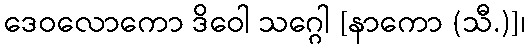
ဒေဝလောကော ဒိဝေါ သဂ္ဂေါ [နာကော (သီ.)]၊